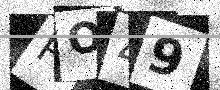
Text: PO49